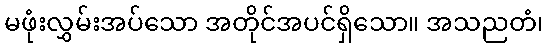
မဖုံးလွှမ်းအပ်သော အတိုင်အပင်ရှိသော။ အသညတံ၊